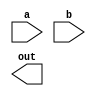
module overflow(a, b, out);
	input[31:0] a,b;
	output out;
	
	

endmodule